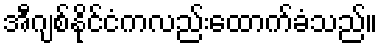
အီဂျစ်နိုင်ငံကလည်းထောက်ခံသည်။